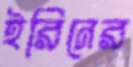
ইরিনের